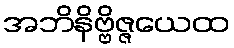
အဘိနိဗ္ဗိဇ္ဇယေထ